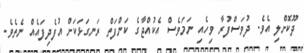
ދޫކޮށްލި އެވެ. ދުވަސްފުރާ ވިހެއި ނަމަވެސް އެކުއްޖާގެ ކަންފަތް ރަނގަޅަކަށް އުފެދިފައެއް ނެތެވެ.